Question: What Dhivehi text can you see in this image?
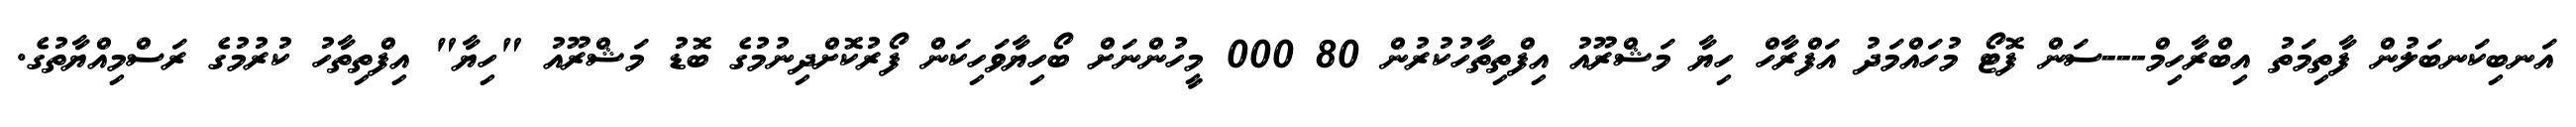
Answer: އަނބިކަނބަލުން ފާތިމަތު އިބްރާހިމް---ސަން ފޮޓޯ މުހައްމަދު އަފްރާހް ހިޔާ މަޝްރޫއު އިފްތިތާހުކުރުން 80 000 މީހުންނަށް ބޯހިޔާވަހިކަން ފޯރުކޮށްދިނުމުގެ ބޮޑު މަޝްރޫއު "ހިޔާ" އިފްތިތާހު ކުރުމުގެ ރަސްމިއްޔާތުގެ.